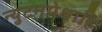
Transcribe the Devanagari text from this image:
न्युटनपेक्षाहि